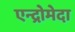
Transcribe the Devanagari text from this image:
एन्द्रोमेदा